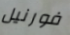
فورنيل